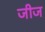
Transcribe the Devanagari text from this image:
जीज